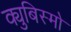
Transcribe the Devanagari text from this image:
क्युबिस्मो